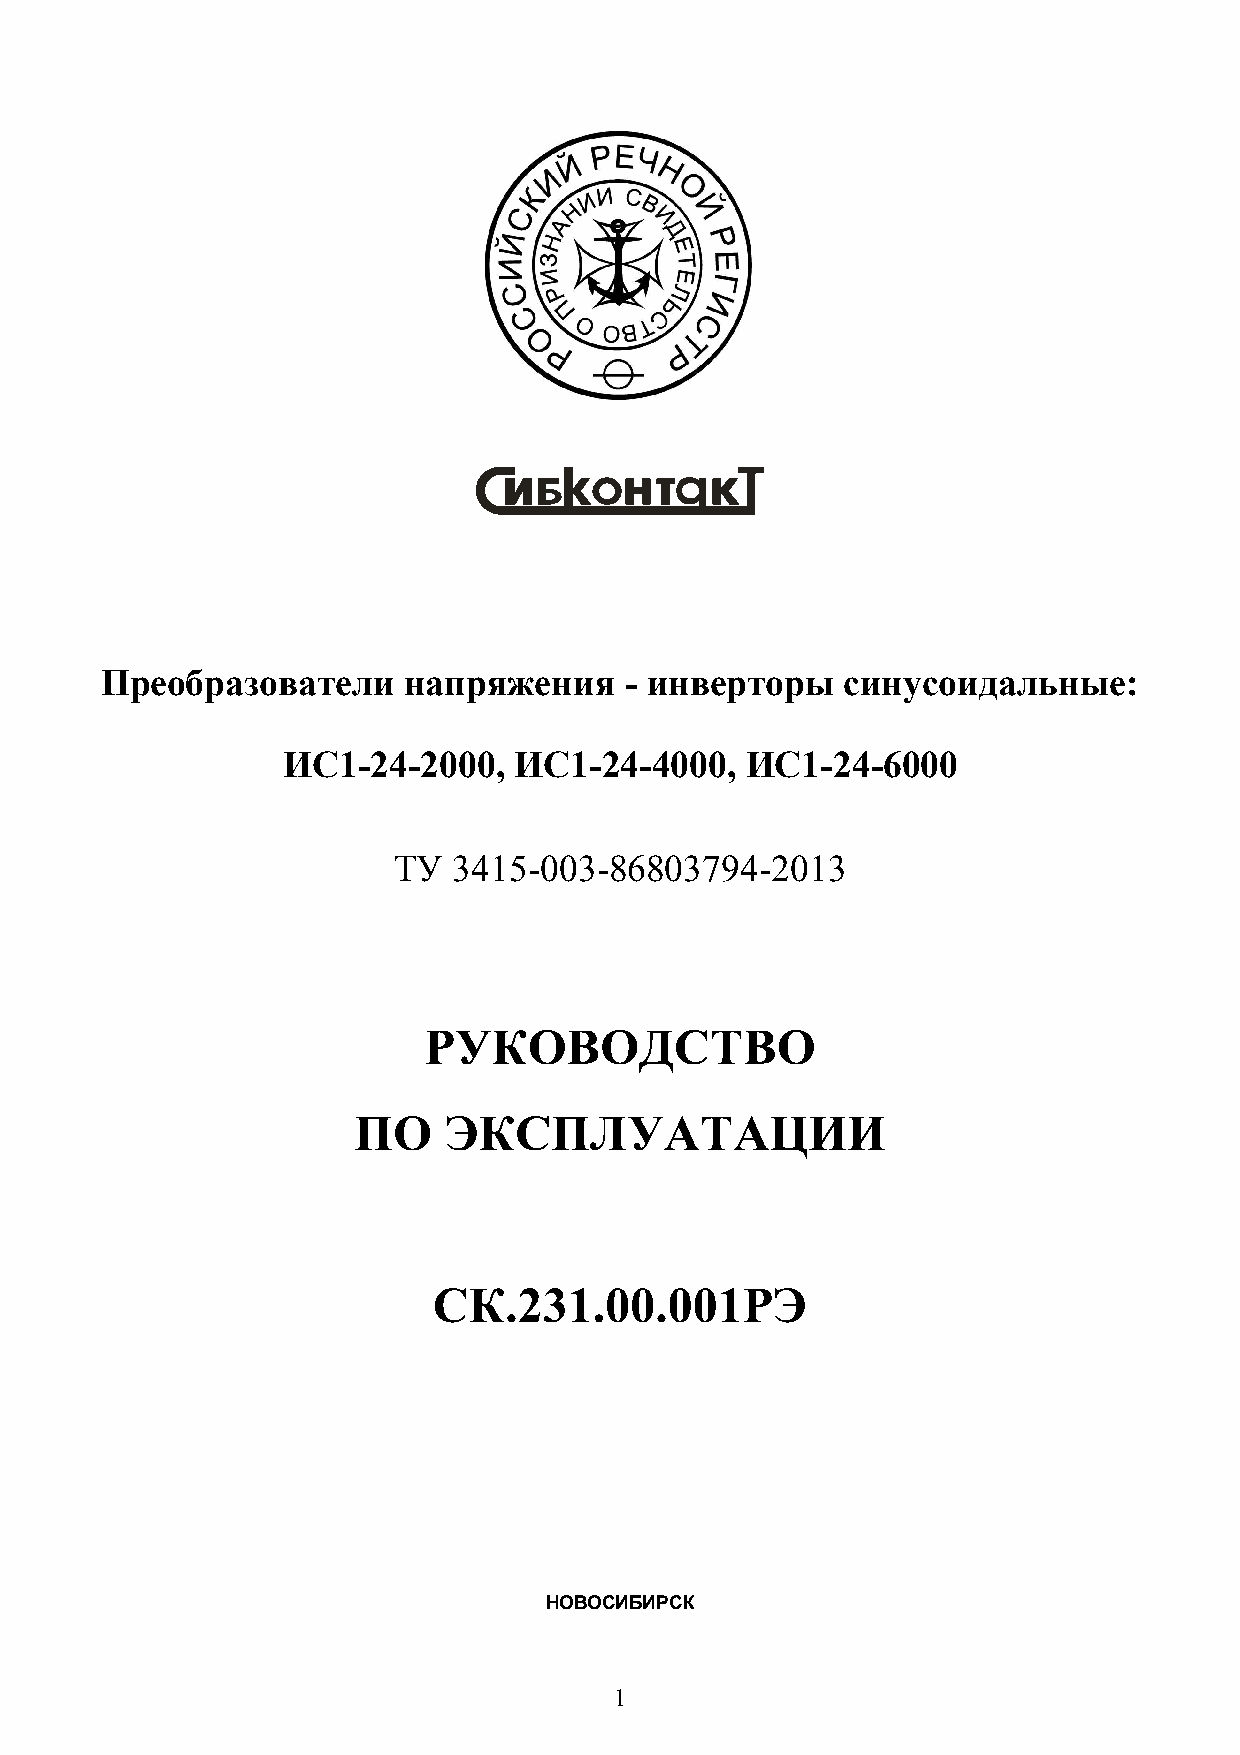
Преобразователи     напряжения    - инверторы    синусоидальные:
 ИС1-24-2000,   ИС1-24-4000,   ИС1-24-6000
 ТУ  3415-003-86803794-2013
 РУКОВОДСТВО
 ПО    ЭКСПЛУАТАЦИИ
 СК.231.00.001РЭ
 НОВОСИБИРСК
 1